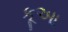
કૂઆ